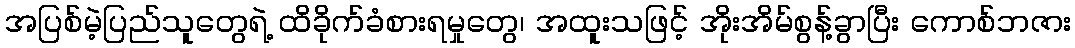
အပြစ်မဲ့ပြည်သူတွေရဲ့ ထိခိုက်ခံစားရမှုတွေ၊ အထူးသဖြင့် အိုးအိမ်စွန့်ခွာပြီး ကောစ်ဘဇား